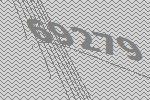
69279